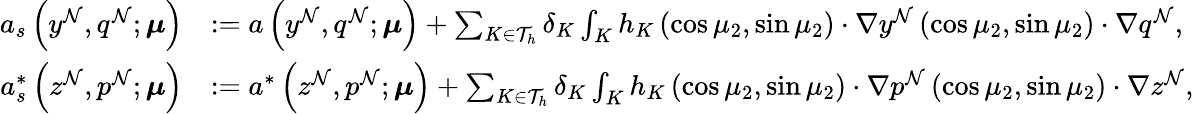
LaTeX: \begin{array}{rl}{a_{s}\left(y^{\mathcal{N}},q^{\mathcal{N}};\boldsymbol{\mu}\right)}&{:=a\left(y^{\mathcal{N}},q^{\mathcal{N}};\boldsymbol{\mu}\right)+\sum_{K\in\mathcal{T}_{h}}\delta_{K}\int_{K}h_{K}\left(\cos\mu_{2},\sin\mu_{2}\right)\cdot\nabla y^{\mathcal{N}}\left(\cos\mu_{2},\sin\mu_{2}\right)\cdot\nabla q^{\mathcal{N}},}\\ {a_{s}^{*}\left(z^{\mathcal{N}},p^{\mathcal{N}};\boldsymbol{\mu}\right)}&{:=a^{*}\left(z^{\mathcal{N}},p^{\mathcal{N}};\boldsymbol{\mu}\right)+\sum_{K\in\mathcal{T}_{h}}\delta_{K}\int_{K}h_{K}\left(\cos\mu_{2},\sin\mu_{2}\right)\cdot\nabla p^{\mathcal{N}}\left(\cos\mu_{2},\sin\mu_{2}\right)\cdot\nabla z^{\mathcal{N}},}\end{array}